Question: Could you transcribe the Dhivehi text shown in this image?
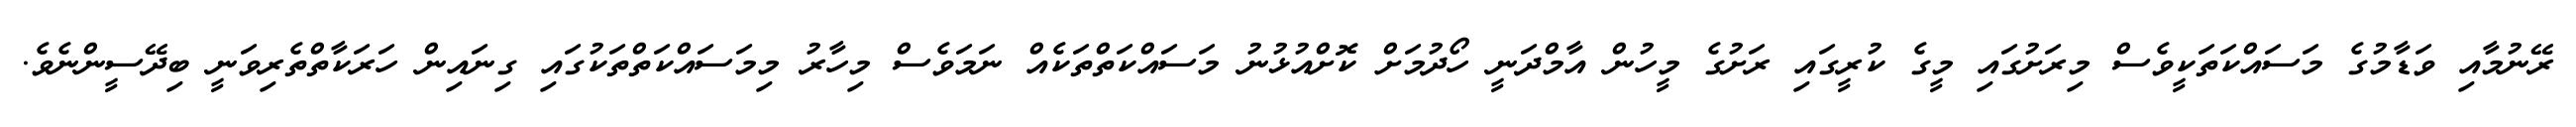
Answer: ރޭނުމާއި ވަޑާމުގެ މަސައްކަތަކީވެސް މިރަށުގައި މީގެ ކުރީގައި ރަށުގެ މީހުން އާމްދަނީ ހޯދުމަށް ކޮށްއުޅުނު މަސައްކަތްތަކެއް ނަމަވެސް މިހާރު މިމަސައްކަތްތަކުގައި ގިނައިން ހަރަކާތްތެރިވަނީ ބިދޭސީންނެވެ.